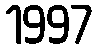
1997